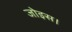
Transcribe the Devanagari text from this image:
जोइस।